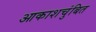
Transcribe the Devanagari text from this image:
आकाशचुंबित